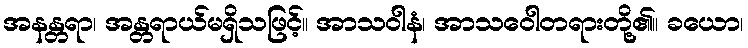
အနန္တရာ၊ အန္တရာယ်မရှိသဖြင့်။ အာသဝါနံ၊ အာသဝေါတရားတို့၏။ ခယော၊